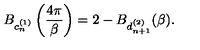
B _ { c _ { n } ^ { ( 1 ) } } \left( \frac { 4 \pi } { \beta } \right) = 2 - B _ { d _ { n + 1 } ^ { ( 2 ) } } ( \beta ) .